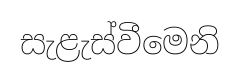
සැළැස්වීමෙනි